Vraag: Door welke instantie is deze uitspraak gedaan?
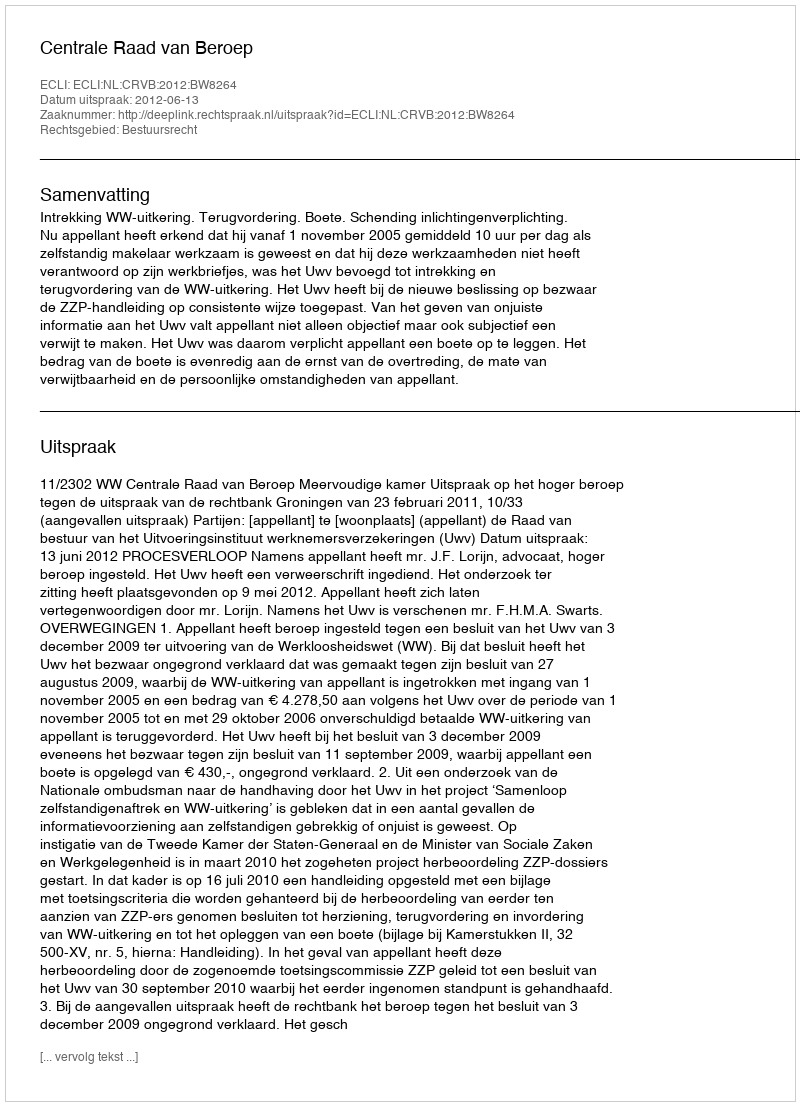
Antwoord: Centrale Raad van Beroep